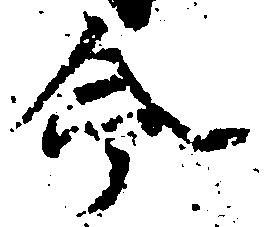
命